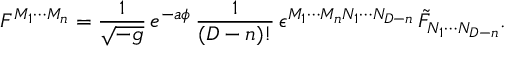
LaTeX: F ^ { M _ { 1 } \cdots M _ { n } } = { \frac { 1 } { \sqrt { - g } } } \, e ^ { - a \phi } \, { \frac { 1 } { ( D - n ) ! } } \, \epsilon ^ { M _ { 1 } \cdots M _ { n } N _ { 1 } \cdots N _ { D - n } } \, \tilde { F } _ { N _ { 1 } \cdots N _ { D - n } } .